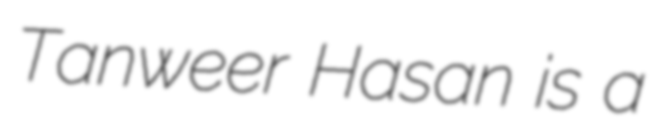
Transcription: Tanweer Hasan is a